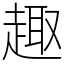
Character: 趣